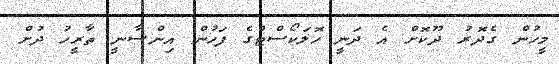
މީހުން ގެދޮރު ދޫކޮށް އެ ދަނީ ހޮލަކޯސްޓްގެ ފަހުން އިންސާނީ ތާރީހު ދުށް